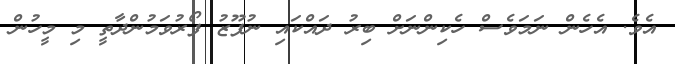
އެވެ. އެހެން ނަމަވެސް ހެކިންނަށް ބިރު ދައްކައި ނުފޫޒު ފޯރުވަމުންދާތީ މި މީހުން